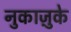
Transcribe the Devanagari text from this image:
नुकाज़ुके